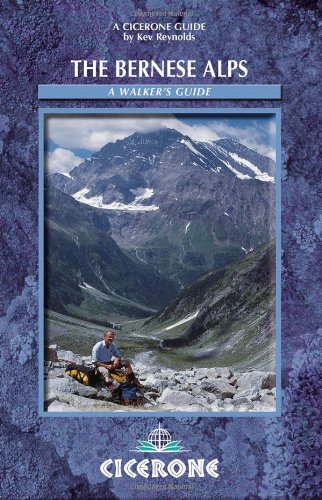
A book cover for the bernese alps (a walker's guide); Kev Reynolds; Travel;